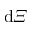
\mathrm { d } \varXi